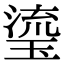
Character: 瑬